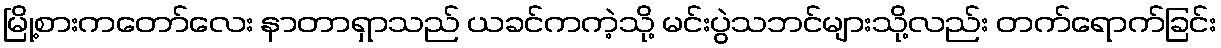
မြို့စားကတော်လေး နာတာရှာသည် ယခင်ကကဲ့သို့ မင်းပွဲသဘင်များသို့လည်း တက်ရောက်ခြင်း